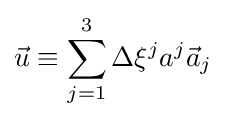
{\vec {u}}\equiv \sum _{j=1}^{3}\Delta \xi ^{j}a^{j}{\vec {a}}_{j}